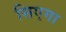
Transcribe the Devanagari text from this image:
सिएगा